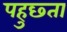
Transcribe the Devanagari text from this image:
पहुछ्ता